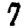
Digit: 7